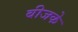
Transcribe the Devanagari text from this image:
बीजके